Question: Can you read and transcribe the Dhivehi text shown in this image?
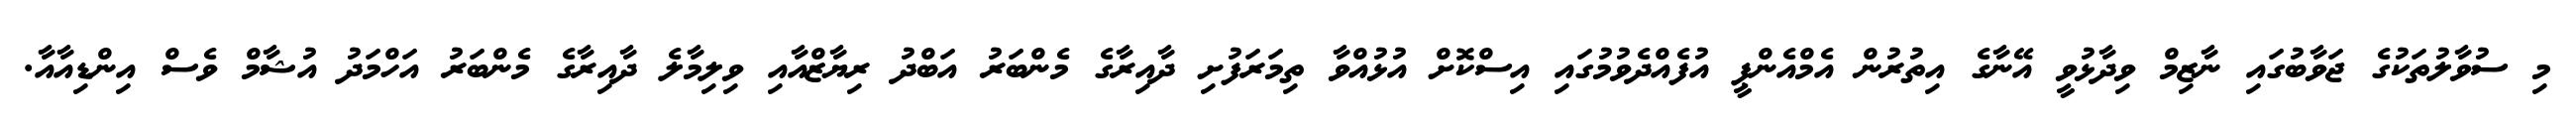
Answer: މި ސުވާލުތަކުގެ ޖަވާބުގައި ނާޒިމް ވިދާޅުވީ އޭނާގެ އިތުރުން އެމްއެންޕީ އުފެއްދެވުމުގައި އިސްކޮށް އުޅުއްވާ ތިމަރަފުށި ދާއިރާގެ މެންބަރު އަބްދު ރިޔާޒްއާއި ވިލިމާލެ ދާއިރާގެ މެންބަރު އަހްމަދު އުޝާމް ވެސް އިންޑިއާއާ.